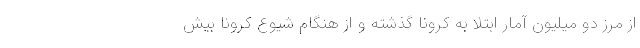
از مرز دو میلیون آمار ابتلا به کرونا گذشته و از هنگام شیوع کرونا بیش